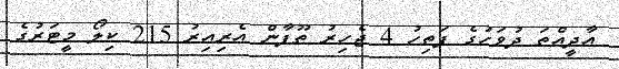
އާދީއްތަ ދުވަހުގެ ފަތިހު 4 ޖެހިރު ތޫފާން އެރިއިރު 215 ކިލޯ މީޓަރުގެ